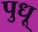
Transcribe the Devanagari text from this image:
पुधू